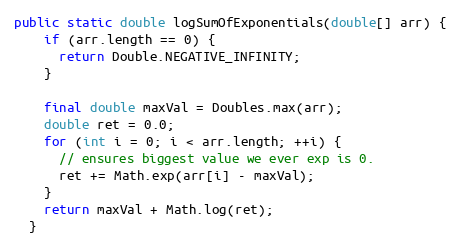
Language: Java
public static double logSumOfExponentials(double[] arr) {
    if (arr.length == 0) {
      return Double.NEGATIVE_INFINITY;
    }

    final double maxVal = Doubles.max(arr);
    double ret = 0.0;
    for (int i = 0; i < arr.length; ++i) {
      // ensures biggest value we ever exp is 0.
      ret += Math.exp(arr[i] - maxVal);
    }
    return maxVal + Math.log(ret);
  }